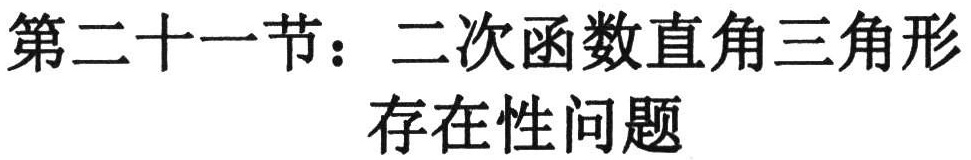
第二十一节：二次函数直角三角形
存在性问题